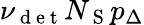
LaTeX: \nu_{\mathrm{~d~e~t~}}N_{\mathrm{~S~}}p_{\Delta}